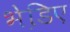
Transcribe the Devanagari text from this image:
भेडि़ए